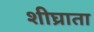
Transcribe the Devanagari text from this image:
शीघ्राता